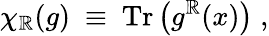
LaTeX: \chi_{\mathbb{R}}(g)~\equiv~\mathrm{{Tr}}\left(g^{\mathbb{R}}(x)\right)\; ,